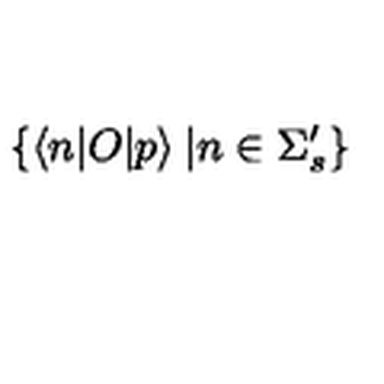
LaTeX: \{ \langle n | O | p \rangle \: | n \in \Sigma _ { s } ^ { \prime } \}